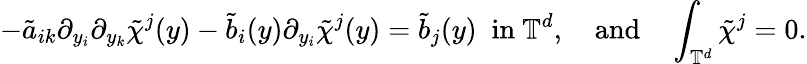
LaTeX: -{\tilde{a}}_{ik}\partial_{y_{i}}\partial_{y_{k}}\tilde{\chi}^{j}(y)-\tilde{b}_{i}(y)\partial_{y_{i}}\tilde{\chi}^{j}(y)=\tilde{b}_{j}(y)\; \mathrm{~in~}\mathbb{T}^{d},\quad\mathrm{and}\quad\int_{\mathbb{T}^{d}}\tilde{\chi}^{j}=0.